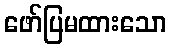
ဖော်ပြမထားသော